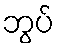
ဘွပ်